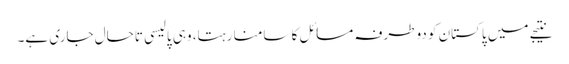
نتیجے میں پاکستان کو دوطرفہ مسائل کا سامنا رہتا، وہی پالیسی تاحال جاری ہے۔